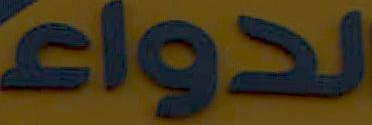
الدواء